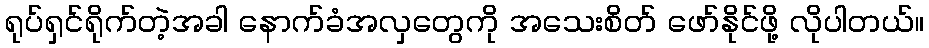
ရုပ်ရှင်ရိုက်တဲ့အခါ နောက်ခံအလှတွေကို အသေးစိတ် ဖော်နိုင်ဖို့ လိုပါတယ်။